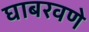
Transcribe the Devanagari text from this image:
घाबरवणे